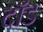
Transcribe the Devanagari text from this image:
दॉड